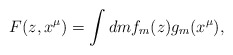
\begin{align*}F(z, x^{\mu}) = \int dm f_m(z) g_m(x^{\mu}),\end{align*}